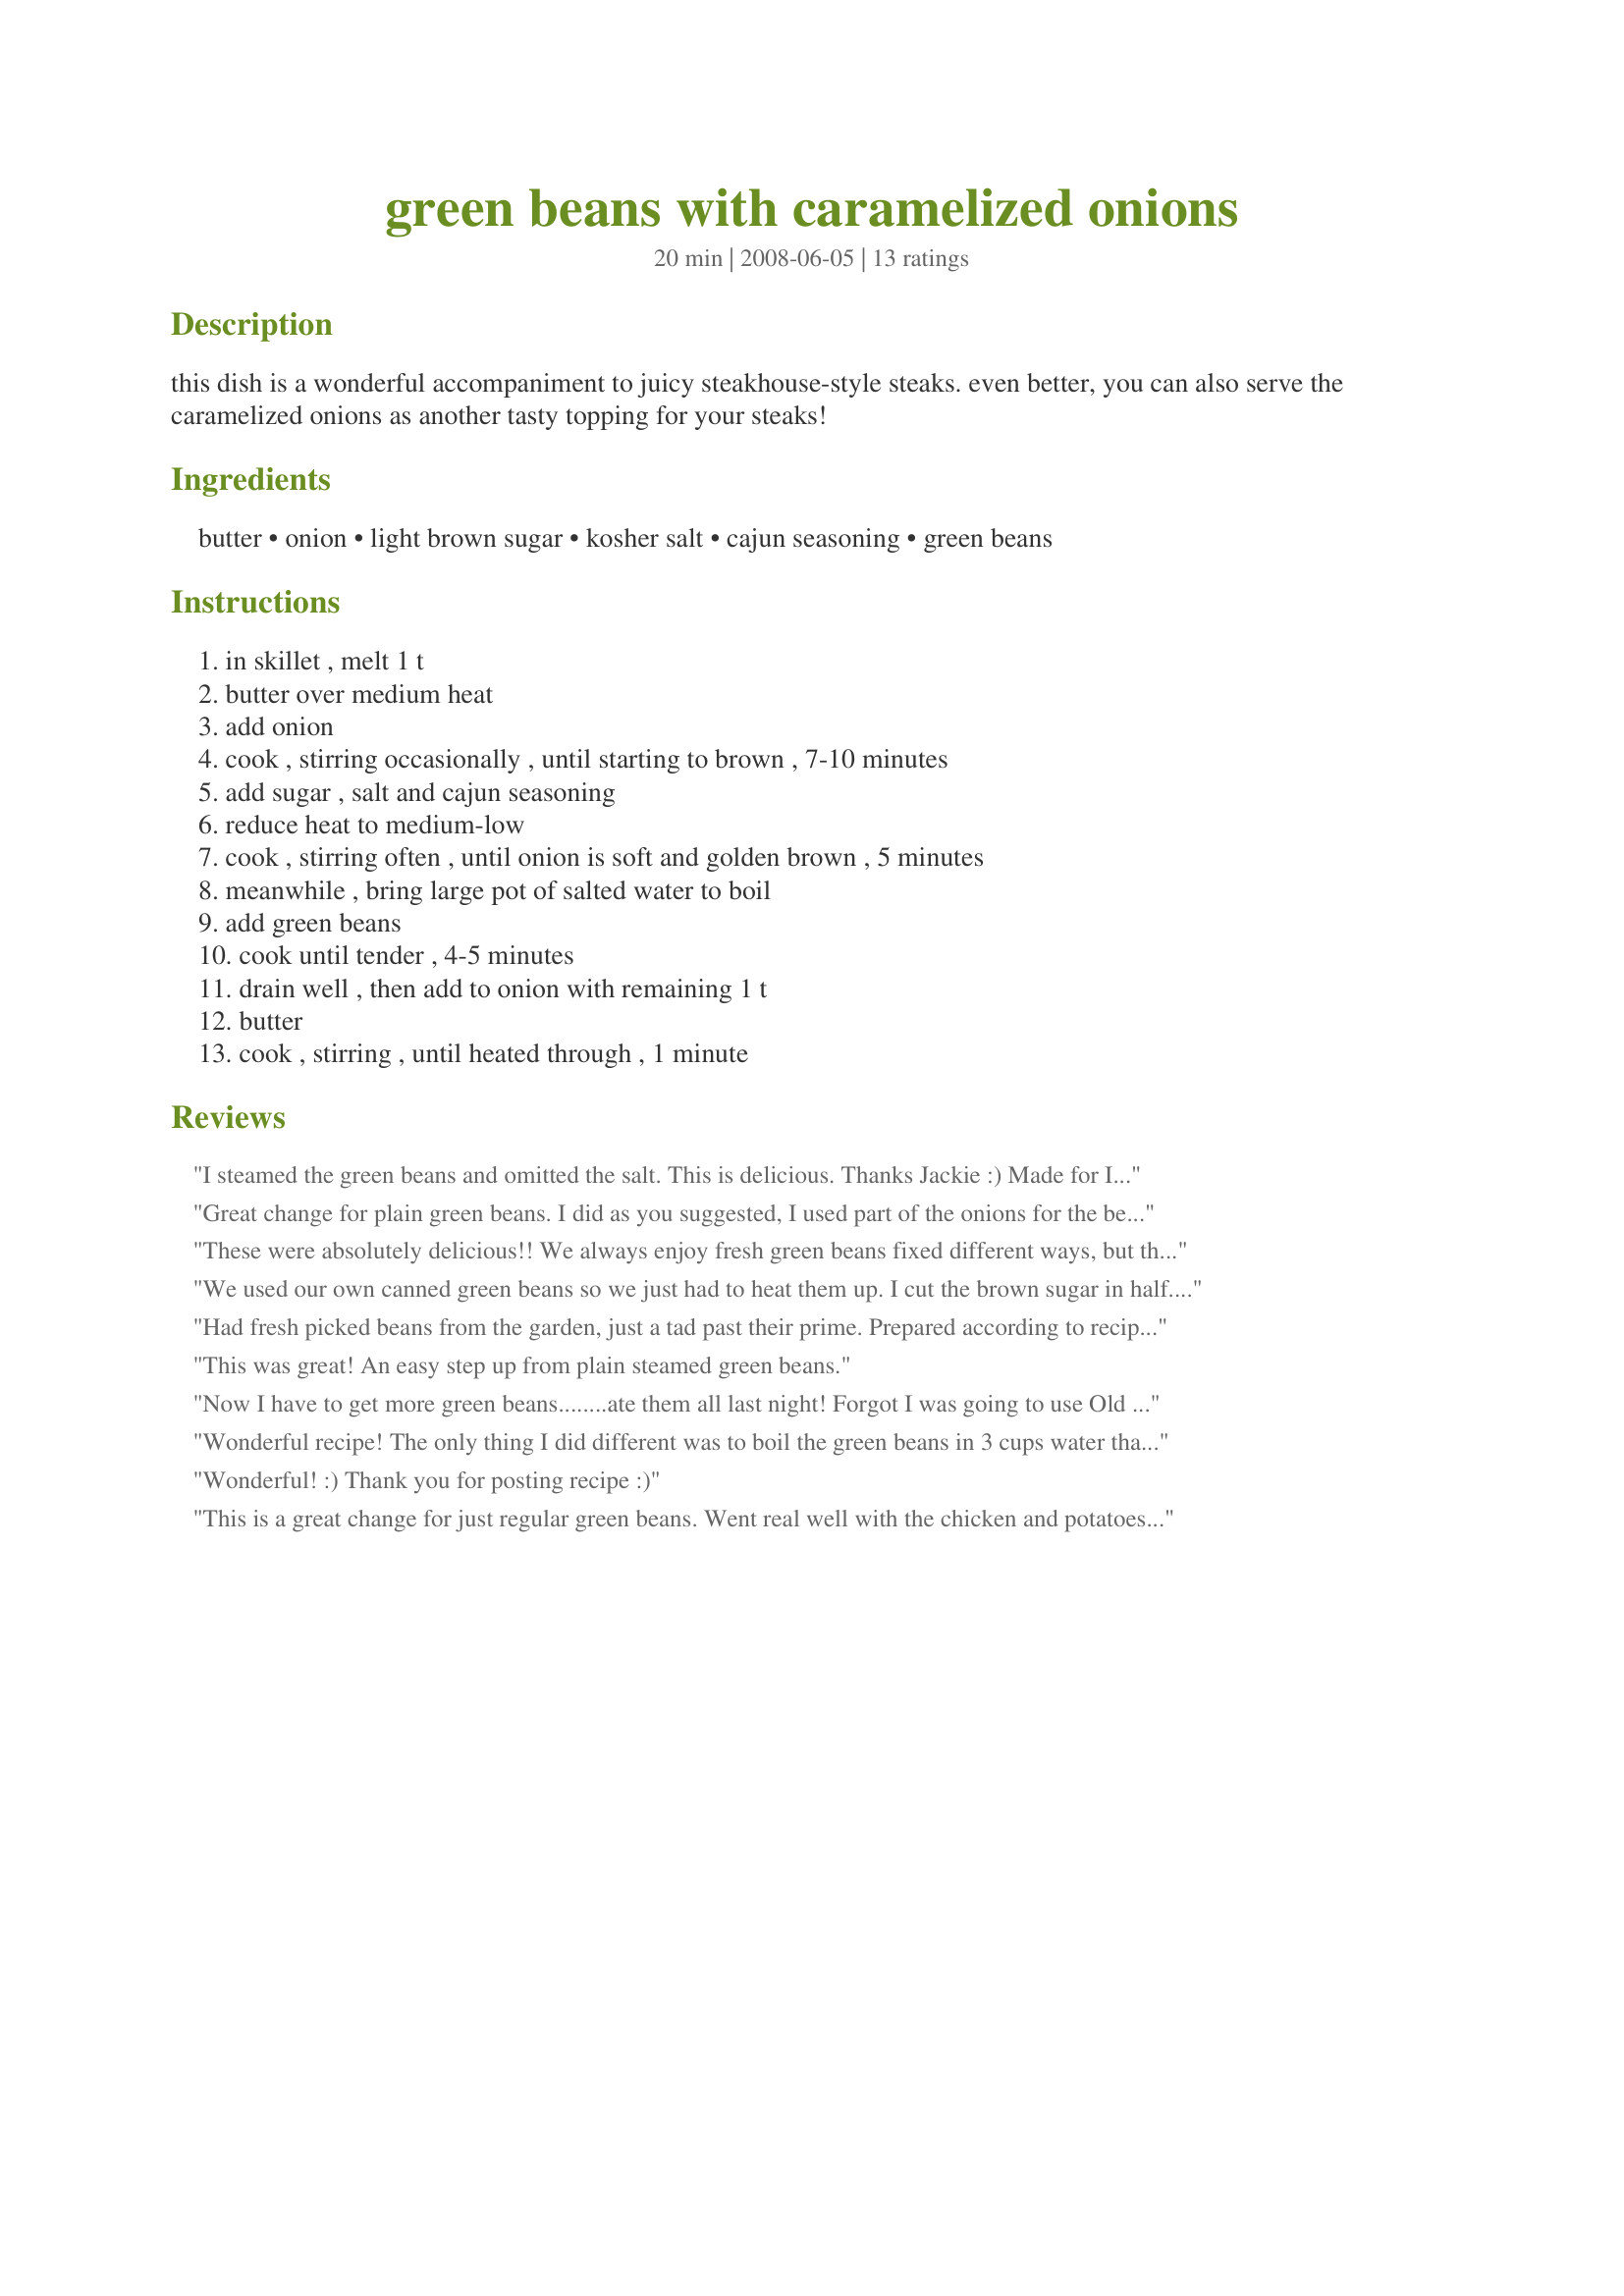
green beans with caramelized onions
Preparation time: 20 minutes

this dish is a wonderful accompaniment to juicy steakhouse-style steaks. even better, you can also serve the caramelized onions as another tasty topping for your steaks!

Ingredients:
butter, onion, light brown sugar, kosher salt, cajun seasoning, green beans

Steps:
in skillet , melt 1 t, butter over medium heat, add onion, cook , stirring occasionally , until starting to brown , 7-10 minutes, add sugar , salt and cajun seasoning, reduce heat to medium-low, cook , stirring often , until onion is soft and golden brown , 5 minutes, meanwhile , bring large pot of salted water to boil, add green beans, cook until tender , 4-5 minutes, drain well , then add to onion with remaining 1 t, butter, cook , stirring , until heated through , 1 minute

Reviews:
I steamed the green beans and omitted the salt. This is delicious. Thanks Jackie :) Made for I recommend tag game
Great change for plain green beans. I did as you suggested, I used part of the onions for the beans and the other half on top of a grilled ribeye steak, hmmmm!! I had to sub canned french style green beans, as what I had on hand, which was less than the 1 1/2 lbs, so I decreased the rest of the ingredients by half. Thanks for sharing this recipe Jackie!! Made for 123 Tag.
These were absolutely delicious!! We always enjoy fresh green beans fixed different ways, but this recipe is extra good. We even had cajun seasoning! Next time, I think I'll add an additional onion and seasonings because they tasted so good with the beans. Thank you very much for posting this.
We used our own canned green beans so we just had to heat them up. I cut the brown sugar in half. I can&#039;t wait to try this with fresh green beans this summer.
Had fresh picked beans from the garden, just a tad past their prime. Prepared according to recipe, except I subbed Old Bay for cajun seasoning --( what I had). Steamed the beans for about 10 minutes, then added to the onions (and a small shallot) -- then added just a splash of balsamic at the end. Was very tasty, and will do this again. Thanks for posting, Jackie.
This was great! An easy step up from plain steamed green beans.
Now I have to get more green beans........ate them all last night!
Forgot I was going to use Old Bay so used no seasoning at all. Oh well, still tasted great.
Thanks Jackie.
Wonderful recipe! The only thing I did different was to boil the green beans in 3 cups water that had 2 chicken bouillon cubes dissolved in it. The rest I followed exactly and the onions were so sweet and beautifully golden colored; while the beans were crisp tender and buttery. Definitelly a keeper for us. Thanks for a great recipe!
Wonderful! :) Thank you for posting recipe :)
This is a great change for just regular green beans. Went real well with the chicken and potatoes we had for lunch.. They were nicely seasoned and delicious. Made for 1-2-3 hit wonders.
Yummy!! I love the wee bit of sweetness the brown sugar gives to the onions and beans. I cut the recipe in half and used frozen haricot verts beans and it worked out perfectly. Made for Holiday Tag 2009.
These green beans were really good and the cajon seasoning gave them great flavor!! The only change I made was to steam the green beans rather than boil them. Will be making these again and again, I love fresh green beans so always looking for great recipes! Made for I Recommend Tag.
All I have to say is "wonderful dish". I used Chesapeake Bay Seasoning for the cajun seasoning and it worked out great. I won't add much salt next time as they were just a bit salty for us. This is definitely a 'keeper'.
Thanks for sharing!
